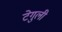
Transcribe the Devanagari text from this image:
टेगुली